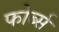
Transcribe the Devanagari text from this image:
फोर्ब्स